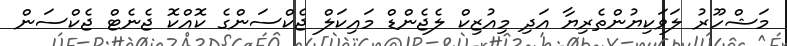
މަޝްހޫރު ލަވަކިޔުންތެރިޔާ އަދި މިއުޒިކް ލެޖެންޑް މައިކަލް ޖެކްސަންގެ ކޮއްކޮ ޖެނެޓް ޖެކްސަން